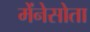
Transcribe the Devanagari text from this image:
मेंनेसोता